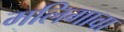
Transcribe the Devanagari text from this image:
मलिगावा